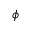
\phi